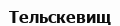
Тельскевищ